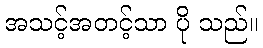
အသင့်အတင့်သာ ပို သည်။